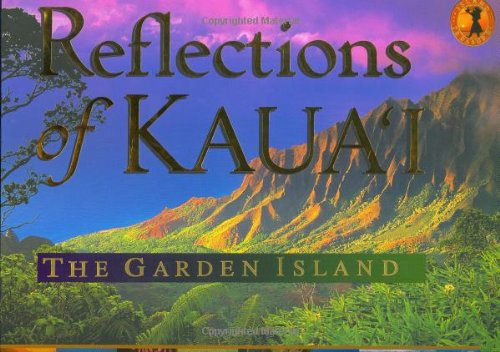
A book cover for Reflections of Kauai: The Garden Island; Cheryl Chee Tsutsumi; Travel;